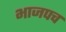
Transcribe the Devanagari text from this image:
भाजपच